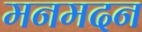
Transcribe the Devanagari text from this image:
मनमदन